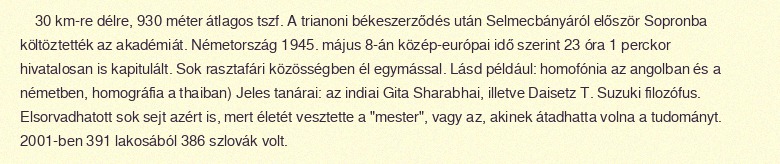
30 km-re délre, 930 méter átlagos tszf. A trianoni békeszerződés után Selmecbányáról először Sopronba költöztették az akadémiát. Németország 1945. május 8-án közép-európai idő szerint 23 óra 1 perckor hivatalosan is kapitulált. Sok rasztafári közösségben él egymással. Lásd például: homofónia az angolban és a németben, homográfia a thaiban) Jeles tanárai: az indiai Gita Sharabhai, illetve Daisetz T. Suzuki filozófus. Elsorvadhatott sok sejt azért is, mert életét vesztette a "mester", vagy az, akinek átadhatta volna a tudományt. 2001-ben 391 lakosából 386 szlovák volt.